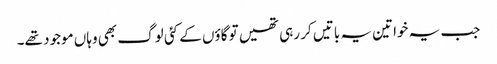
جب یہ خواتین یہ باتیں کر رہی تھیں تو گاؤں کے کئی لوگ بھی وہاں موجود تھے۔